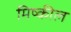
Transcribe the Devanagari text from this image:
मिष्कील